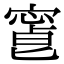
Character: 𡪥